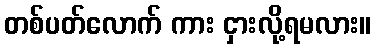
တစ်ပတ်လောက် ကား ငှားလို့ရမလား။